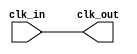
module clock_generator (
    input wire clk_in,
    output wire clk_out
);

assign clk_out = clk_in;

endmodule